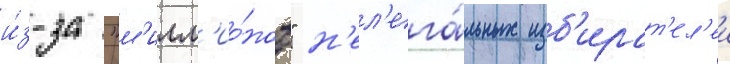
и́з-за "м'илл'ио́нов" н'ел'ега́льных изб'ират'ел'еи